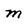
Character: m